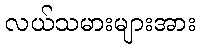
လယ်သမားများအား